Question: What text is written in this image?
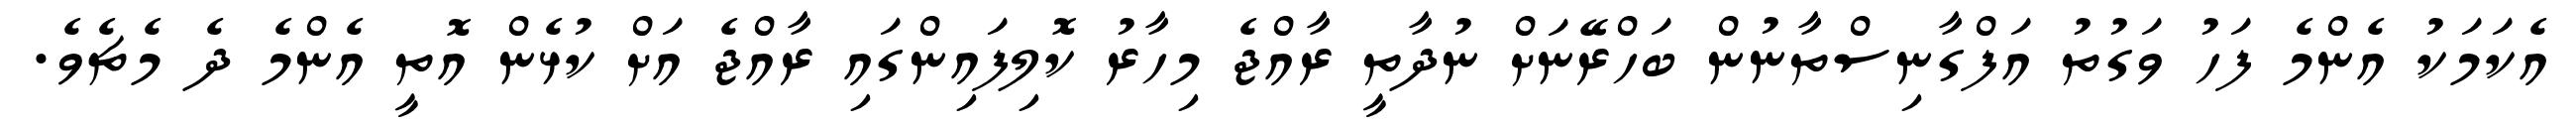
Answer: އެކަމަކު އެންމެ ފަހު ވަގުތު އަފްގާނިސްތާނުން ބަހްރޭނަށް ނުދާތީ ރާއްޖެ މިހާރު ކޮލިފައިންގައި ރާއްޖެ އަށް ކުޅެން އޮތީ އެންމެ ދެ މެޗެވެ.